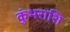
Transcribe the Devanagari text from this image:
कुंभराशि